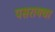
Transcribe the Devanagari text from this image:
पसरायचा